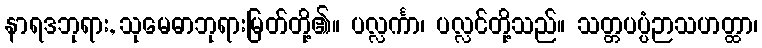
နာရဒဘုရား, သုမေဓာဘုရားမြတ်တို့၏။ ပလ္လင်္ကာ၊ ပလ္လင်တို့သည်။ သတ္တပပ္ပံဉာသဟတ္ထာ၊